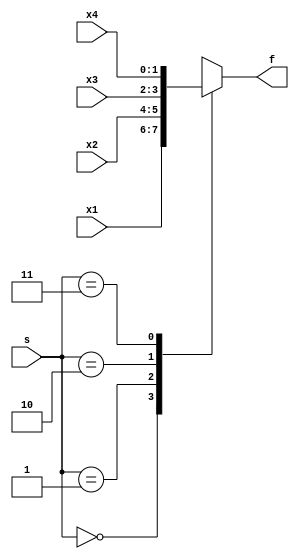
module mux_4_1_case(
input [1:0] x1, x2, x3, x4,
input [1:0] s,
output reg [1:0] f
);

always@ (*)
begin
case (s)
2'b 00: f = x1;
2'b 01: f = x2;
2'b 10: f = x3;
2'b 11: f = x4;
endcase
end
endmodule